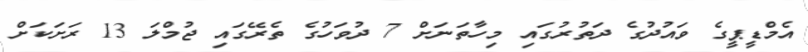
އެމްޑީޕީގެ ވައުދުގެ ދަތުރުގައި މިހާތަނަށް 7 ދުވަހުގެ ތެރޭގައި ޖުމްލަ 13 ރަށަކަށް